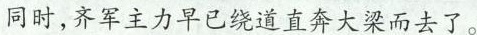
同时，齐军主力早已绕道直奔大梁而去了。